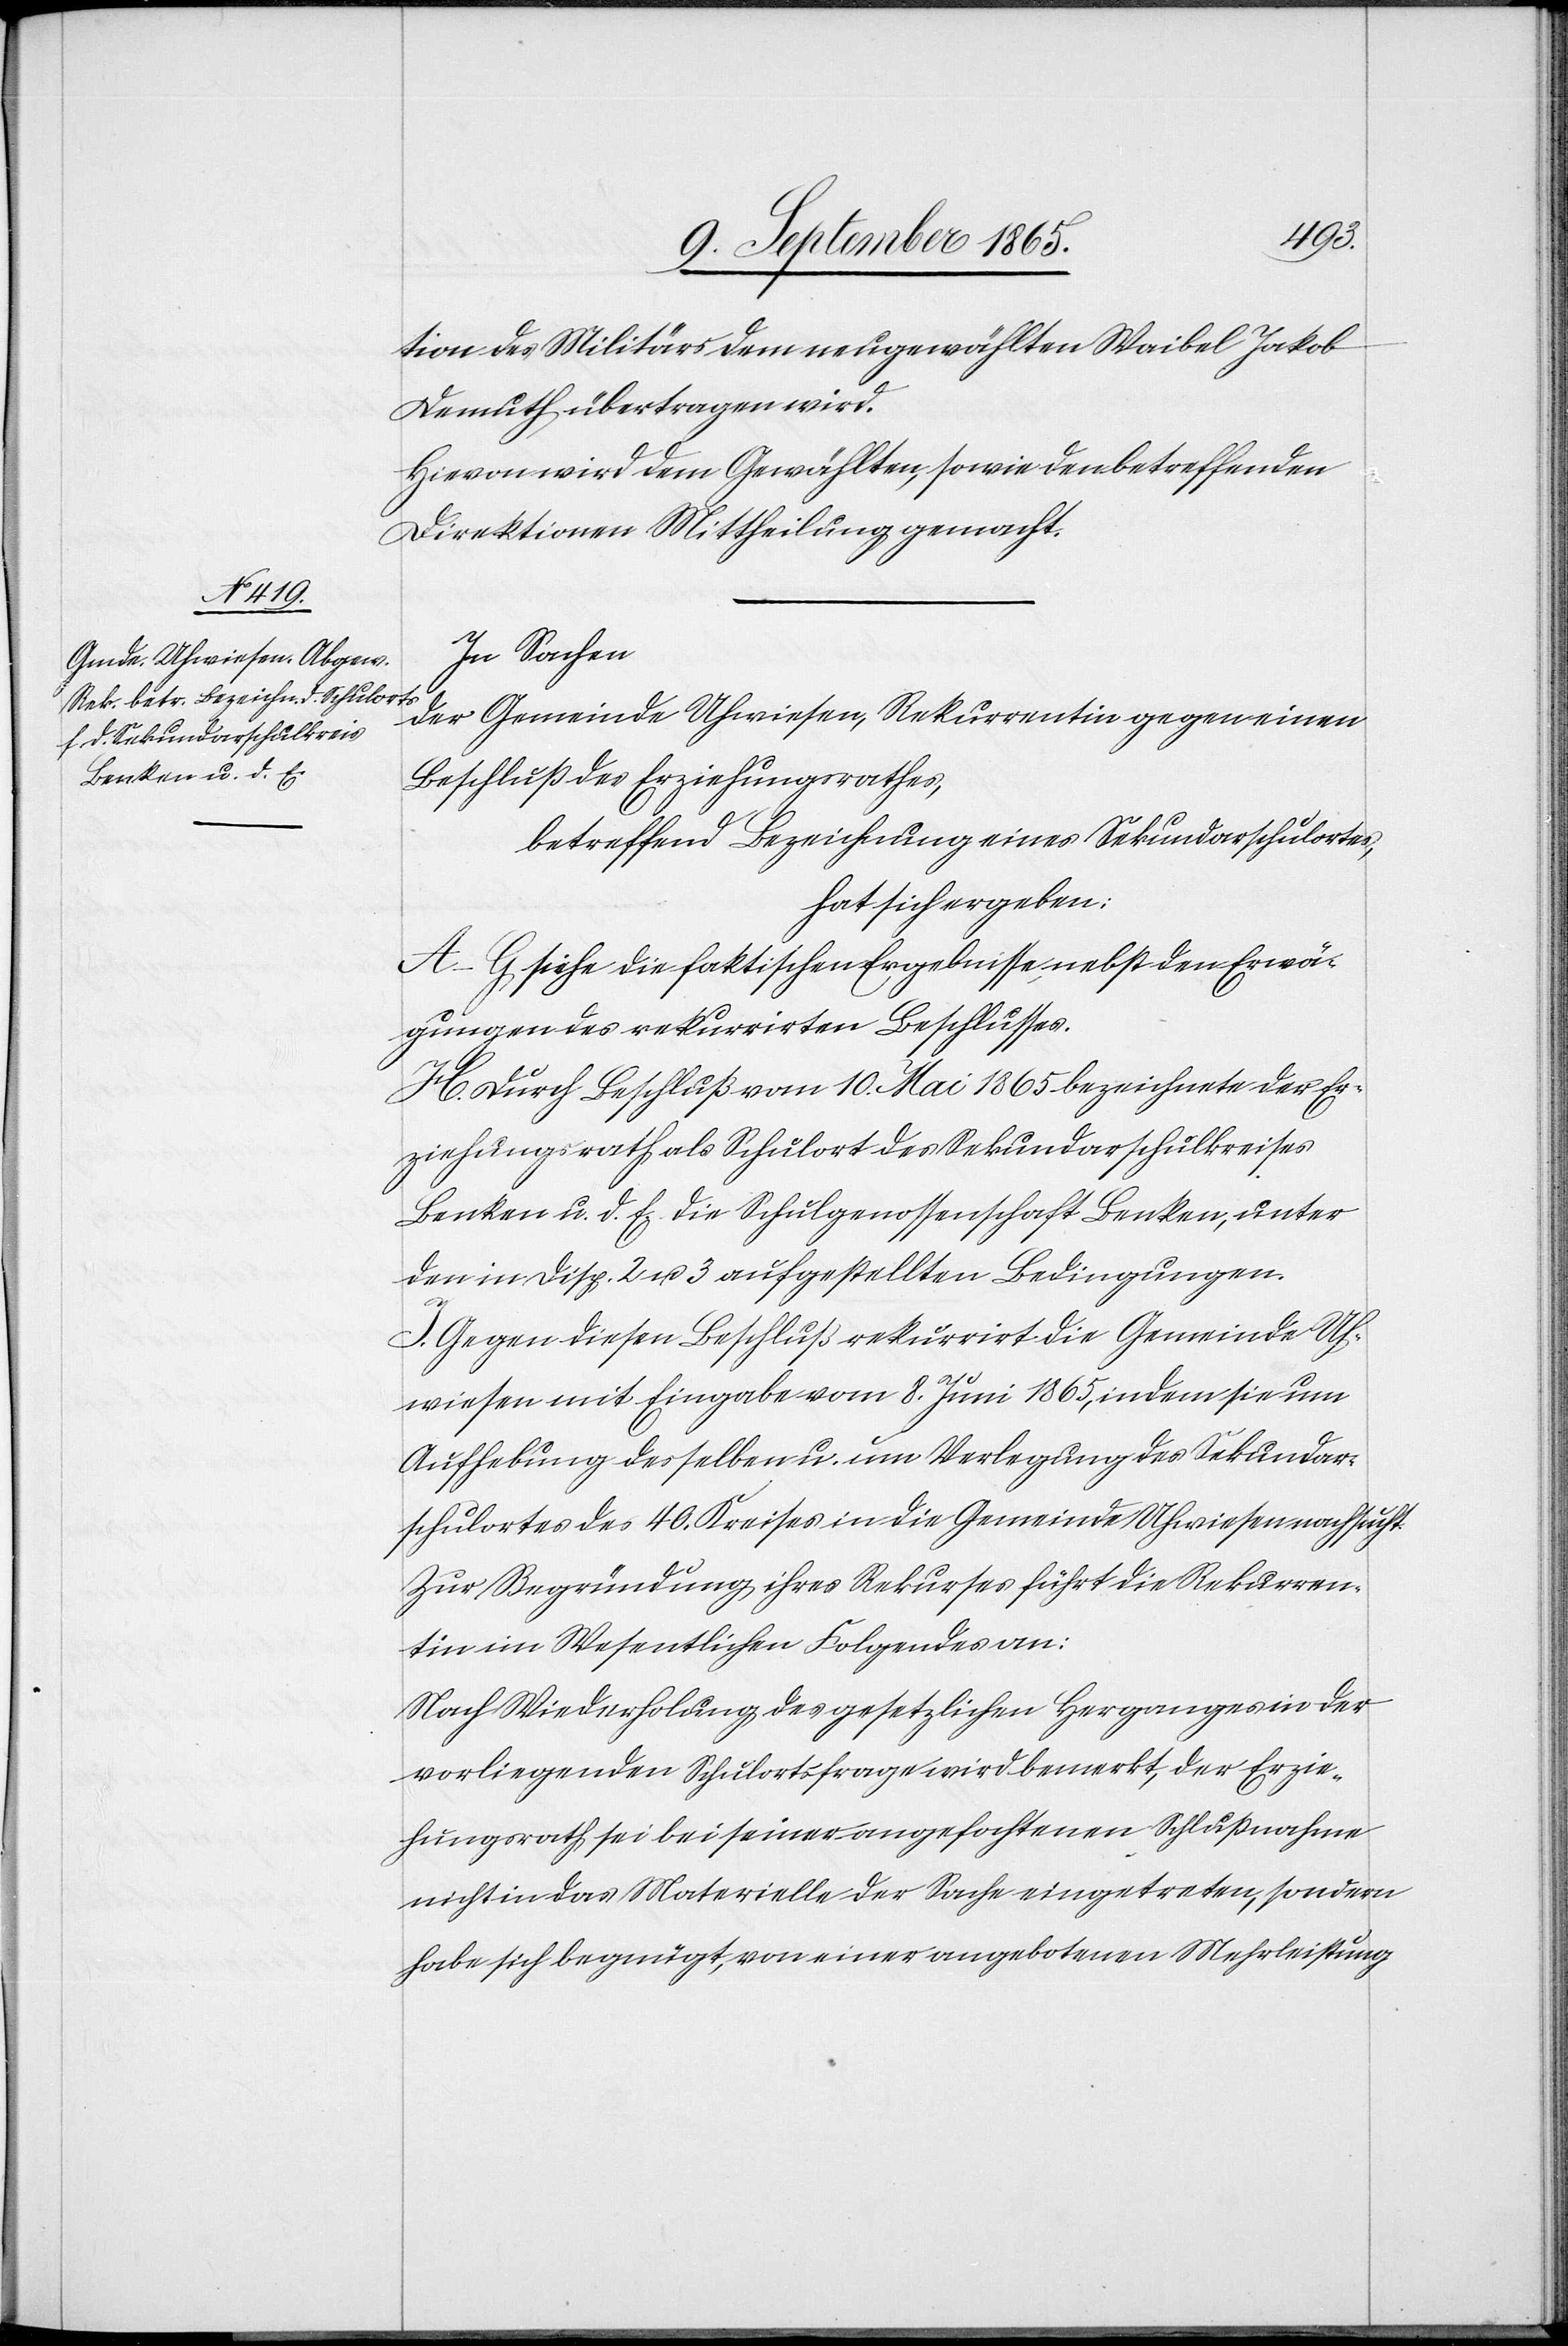
tion des Militärs dem neugewählten Waibel Jakob
Demuth übertragen wird.
Hievon wird dem Gewählten, sowie den betreffenden
Direktionen Mittheilung gemacht.
In Sachen
der Gemeinde Uhwiesen, Rekurrentin gegen einen
Beschluß des Erziehungsrathes,
betreffend Bezeichnung eines Sekundarschulortes,
hat sich ergeben:
A–G siehe die faktischen Ergebnisse nebst den Erwä¬
gungen des rekurrirten Beschlusses.
H. Durch Beschluß vom 10. Mai 1865 bezeichnete der Er¬
ziehungsrath als Schulort des Sekundarschulkreises
Benken u. d. E. die Schulgenossenschaft Benken, unter
den in Disp. 2 u. 3 aufgestellten Bedingungen.
J. Gegen diesen Beschluß rekurrirt die Gemeinde Uh¬
wiesen mit Eingabe vom 8. Juni 1865, indem sie um
Aufhebung desselben u. um Verlegung des Sekundar¬
schulortes des 40. Kreises in die Gemeinde Uhwiesen nachsucht.
Zur Begründung ihres Rekurses führt die Rekurren¬
tin im Wesentlichen Folgendes an:
Nach Wiederholung des gesetzlichen Herganges in der
vorliegenden Schulortsfrage wird bemerkt, der Erzie¬
hungsrath sei bei seiner angefochtenen Schlußnahme
nicht in das Materielle der Sache eingetreten, sondern
habe sich begnügt, von einer angebotenen Mehrleistung